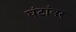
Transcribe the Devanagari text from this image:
घंटांवर